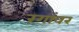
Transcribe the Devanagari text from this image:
रंगांवर